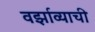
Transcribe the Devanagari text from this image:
वर्झाव्याची